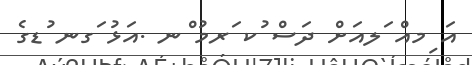
އަ ިމއް ަލއަށް ދަސް ުކ ަރމު ްނ .އަޅު ަގނ ުޑގެ